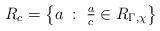
LaTeX: \begin{align*}R_c = \left\{a\;:\; \tfrac{a}{c}\in R_{\Gamma, \chi}\right\}\end{align*}